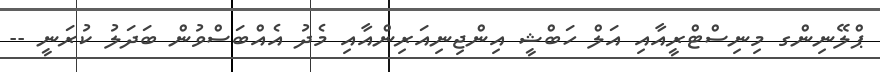
ޕްލޭނިންގ މިނިސްޓްރީއާއި އަލް ހަބްޝީ އިންޖިނިއަރިންއާއި މެދު އެއްބަސްވުން ބަދަލު ކުރަނީ --